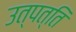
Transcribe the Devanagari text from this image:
उत्‍पत्‍ति